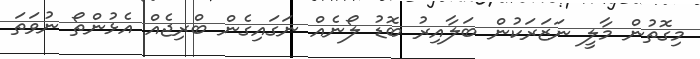
މިގޮތުން މާލީ ނަޒަރަކުން ބަލާއިރު ބޮޑު ލޯނެއް ނަގައިގެން ބްރިޖެއް އެޅުންތޯ ނުވަތަ